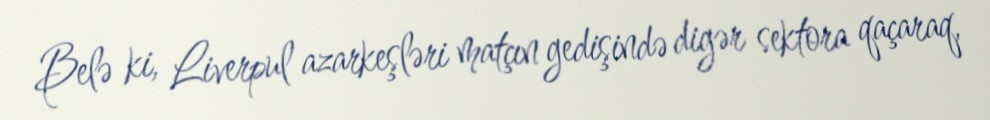
Belə ki, Liverpul azarkeşləri matçın gedişində digər sektora qaçaraq,